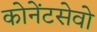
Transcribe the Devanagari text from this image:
कोनेंटसेवो